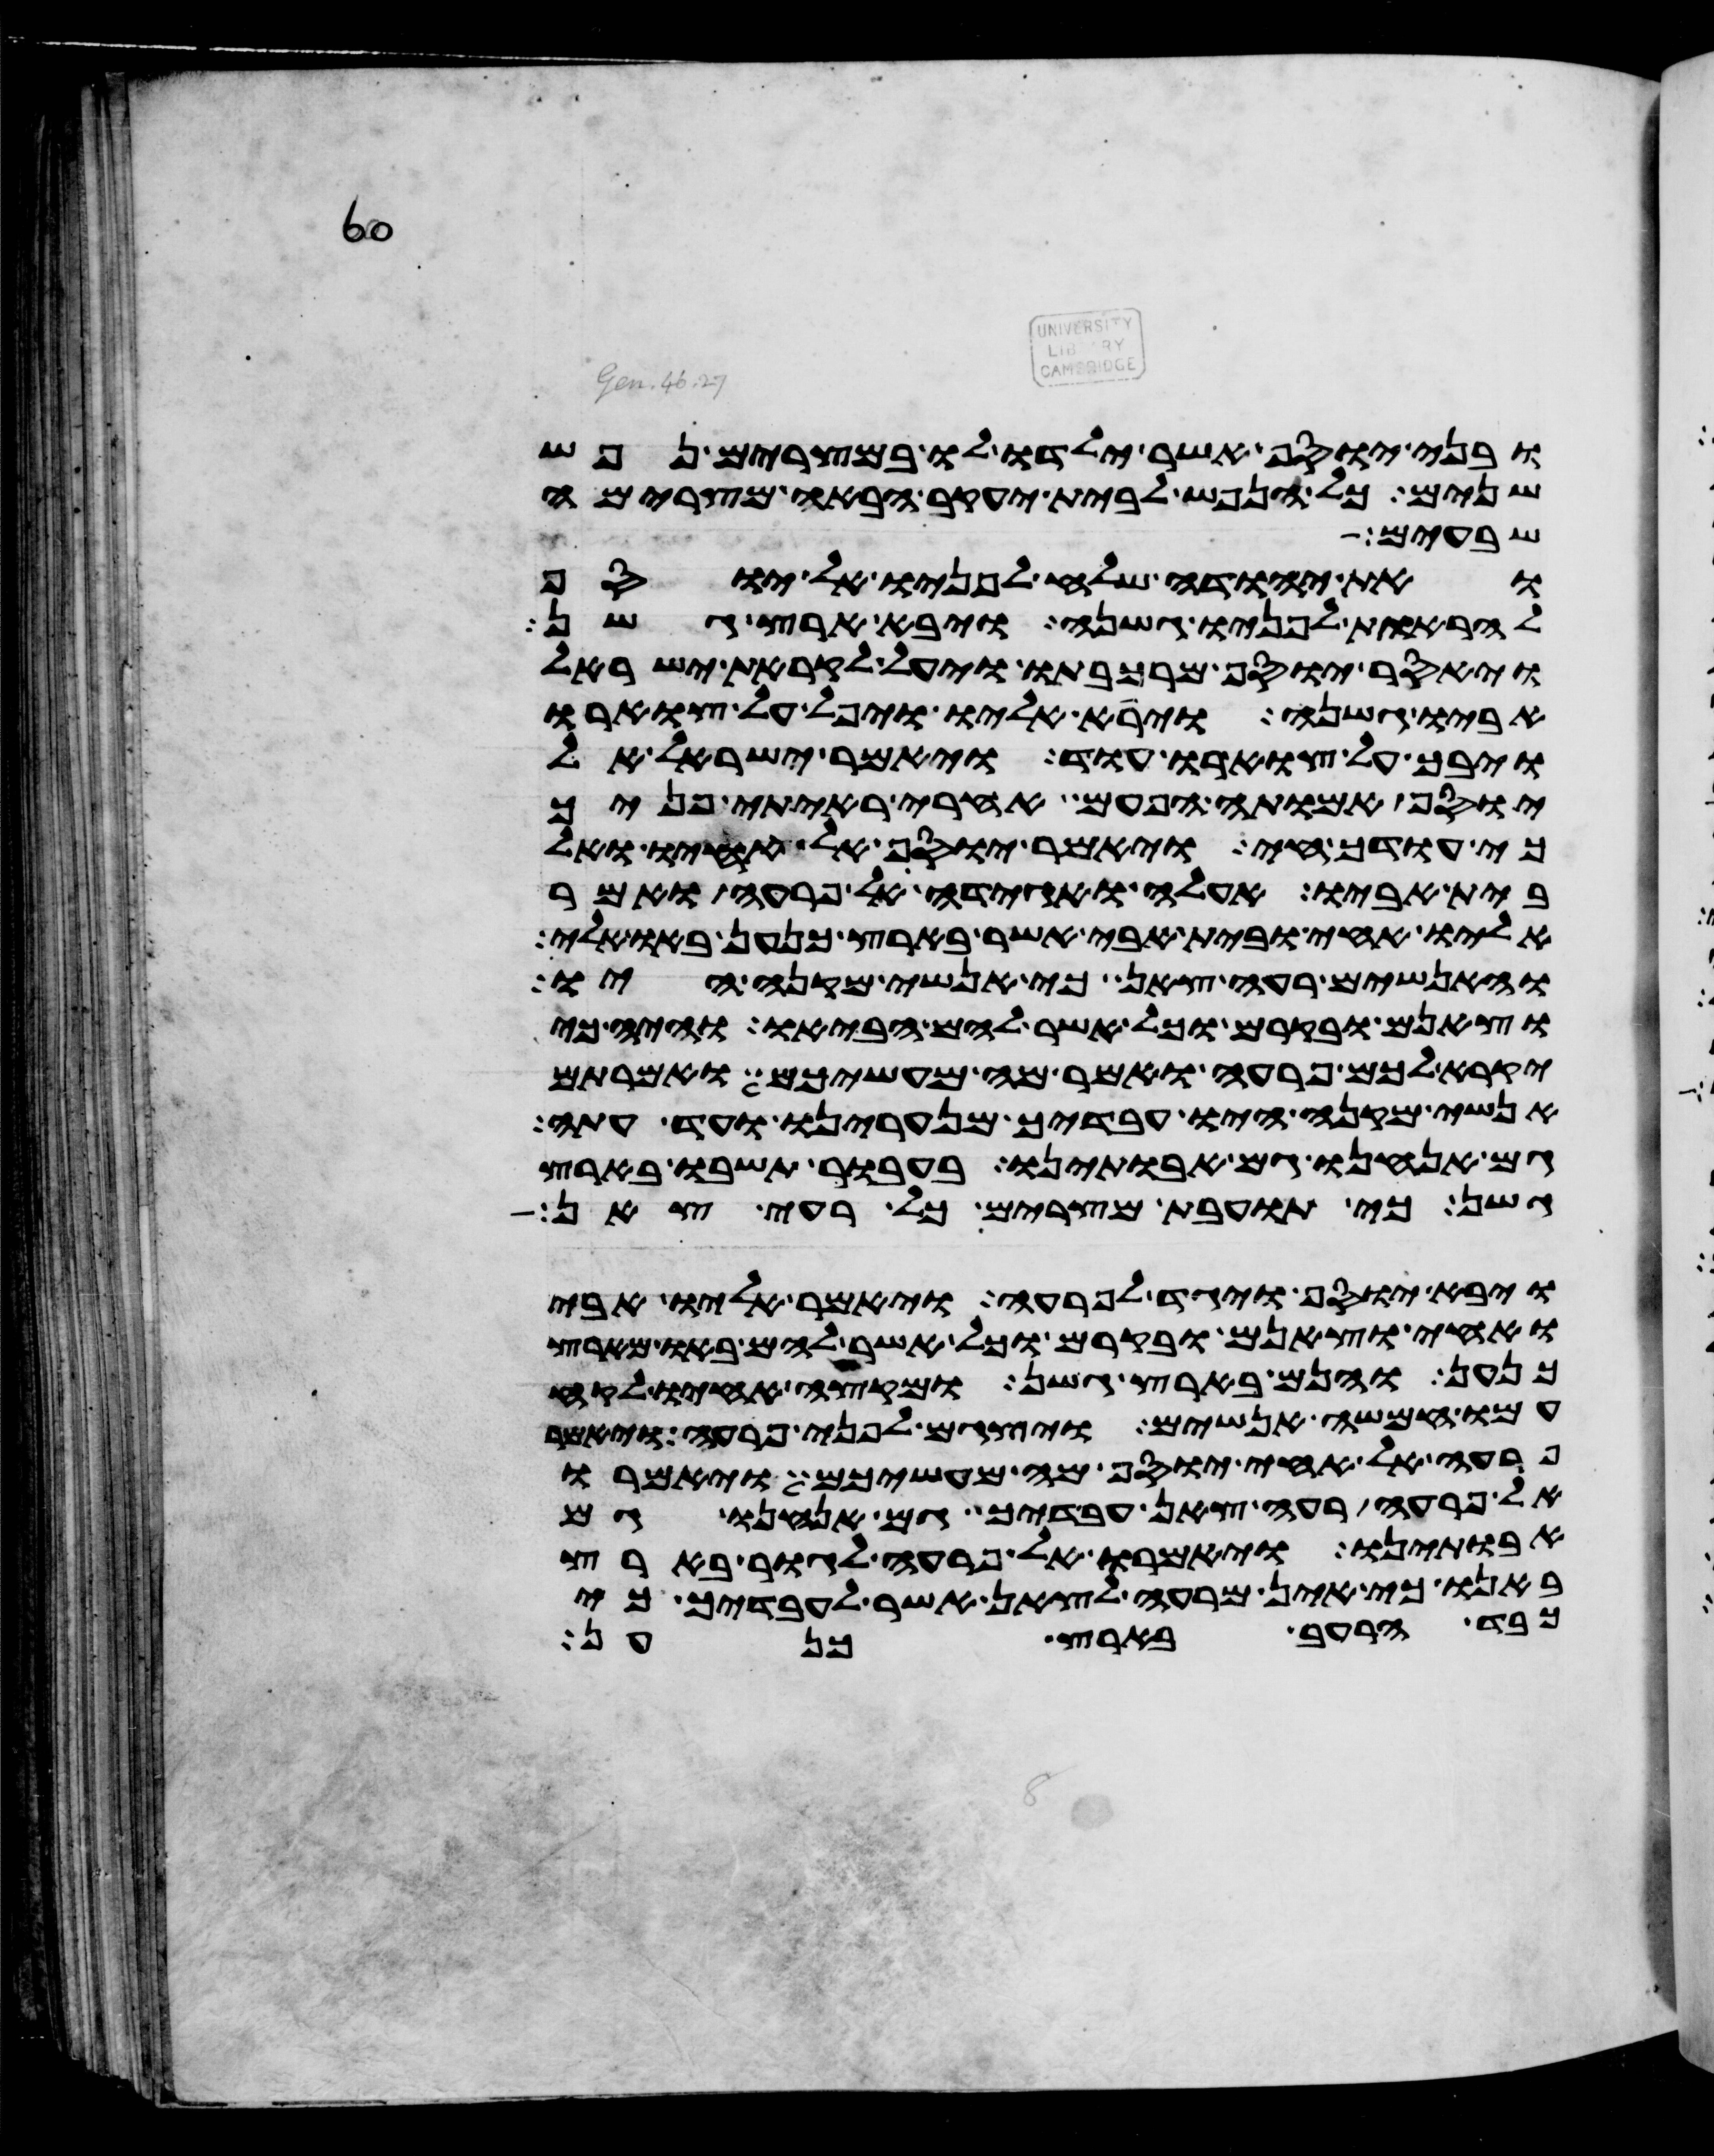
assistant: ובני יוסף אשר ילדו לו במצרים נפש
שנים כל הנפש לבית יעקב הבאה מצרימה
שבעים
ואת יהודה שלח לפניו אל יוסף
להראות לפניו גשנה ויבא ארץ גשן
ויאסר יוסף מרכבתו ויעל לקראת ישראל
אביו גשנה וירא אליו ויפל על צוארו
ויבך על צוארו עוד ויאמר ישראל אל
יוסף אמותה הפעם אחרי ראיתי פניך
כי עודך חי ויאמר יוסף אל אחיו ואל
בית אביו אעלה ואגידה לפרעה ואמר
אליו אחי ובית אבי אשר בארץ כנען באו אלי
והאנשים רעי צאן כי אנשי מקנה היו
וצאנם ובקרם וכל אשר להם הביאו והיה כי
יקרא לכם פרעה ואמר מה מעשיכם ואמרתם
אנשי מקנה היו עבדיך מנערינו ועד עתה
גם אנחנו גם אבתינו בעבור תשבו בארץ
גשן כי תועבת מצרים כל רעי צאן
ויבא יוסף ויגד לפרעה ויאמר אליו אבי
ואחי וצאנם ובקרם וכל אשר להם באו מארץ
כנען והנם בארץ גשן ומקצה אחיו לקח
עמו חמשה אנשים ויצגם לפני פרעה ויאמר
פרעה אל אחי יוסף מה מעשיכם ויאמרו
אל פרעה רעי צאן עבדיך גם אנחנו גם
אבתינו ויאמרו אל פרעה לגור בארץ
באנו כי אין מרעה לצאן אשר לעבדיך כי
כבד הרעב בארץ כנען